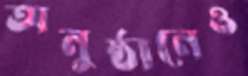
অনুষ্ঠানেও